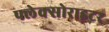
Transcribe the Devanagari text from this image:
फ्लेक्सोराइटर